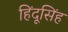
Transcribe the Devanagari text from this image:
हिंदूसिंह